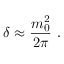
\delta \approx \frac { m _ { 0 } ^ { 2 } } { 2 \pi } \ .